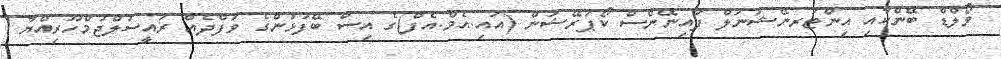
ވޯލްޑް ބޭންކާއި އިންޓަރނޭޝަނަލް ފައިނޭންސް ކޯޕަރޭޝަން (އައި.އެމް.އެފް)ގެ އިސް ބޭފުޅުންގެ ވަފްދެއް ރައީސުލްޖުމްހޫރިއްޔާ